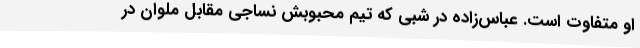
او متفاوت است. عباس‌زاده در شبی که تیم محبوبش نساجی مقابل ملوان در